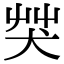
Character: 𦬦